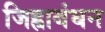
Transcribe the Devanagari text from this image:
जिह्वाबंधन